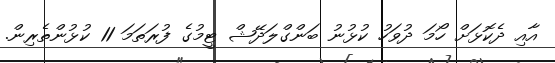
އާއި ދެކޮޅަށް ހޯމަ ދުވަހު ކުޅުނު ބަންގްލަދޭޝް ޓީމުގެ ފުރަތަމަ 11 ކުޅުންތެރިން.